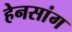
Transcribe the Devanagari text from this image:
हेनसांग